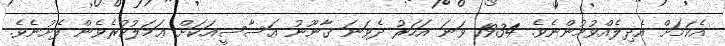
އެކަމަށް އެދިލެއްވުމުންނެވެ. 1934 ވަނަ އަހަރު ދެވަނަ ޤާނޫނު އަސާސީއަކަށް ޢަމަލުކުރެވެން ފެށުނެވެ.